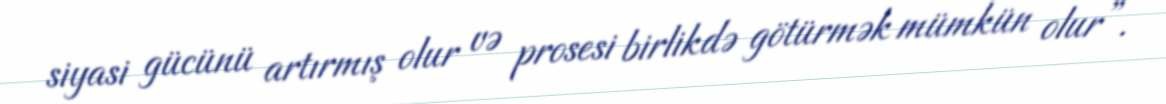
siyasi gücünü artırmış olur və prosesi birlikdə götürmək mümkün olur”.